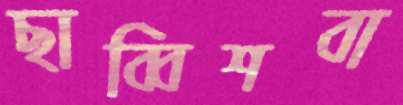
ছাব্বিশবা